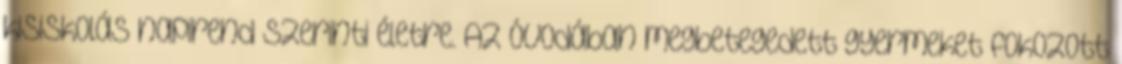
kisiskolás napirend szerinti életre. Az óvodában megbetegedett gyermeket fokozott